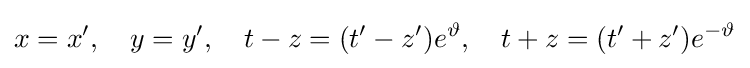
x=x',\quad y=y',\quad t-z=(t'-z')e^{\vartheta },\quad t+z=(t'+z')e^{-\vartheta }